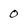
Character: 0